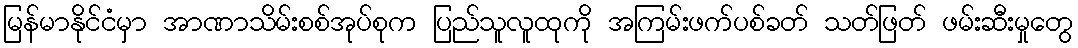
မြန်မာနိုင်ငံမှာ အာဏာသိမ်းစစ်အုပ်စုက ပြည်သူလူထုကို အကြမ်းဖက်ပစ်ခတ် သတ်ဖြတ် ဖမ်းဆီးမှုတွေ